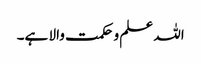
اللہ علم و حکمت والا ہے۔